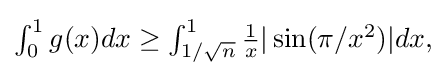
{\textstyle \int _{0}^{1}g(x)dx\geq \int _{1/{\sqrt {n}}}^{1}{\frac {1}{x}}|\sin(\pi /x^{2})|dx,}